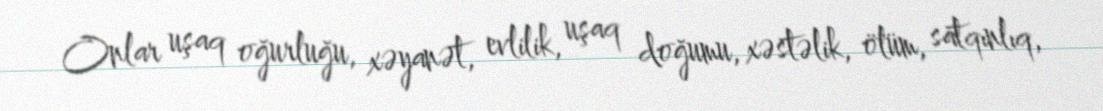
Onlar uşaq oğurluğu, xəyanət, evlilik, uşaq doğumu, xəstəlik, ölüm, satqınlıq,